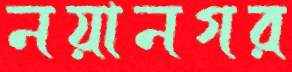
নয়ানগর